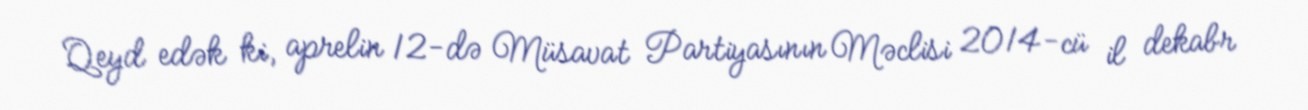
Qeyd edək ki, aprelin 12-də Müsavat Partiyasının Məclisi 2014-cü il dekabr